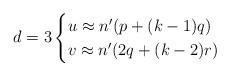
LaTeX: \begin{align*} d=3 \begin{cases} u \approx n^{\prime}(p+(k-1)q) \\ v \approx n^{\prime}(2q+(k-2)r) \end{cases}\end{align*}